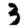
Digit: 3